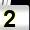
Digit: 2